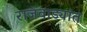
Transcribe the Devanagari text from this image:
राजवाड्यांत